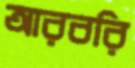
আরবরি